King Institute of Preventive Medicine Micro-Biological Section reports 1909-11
Year: 1909
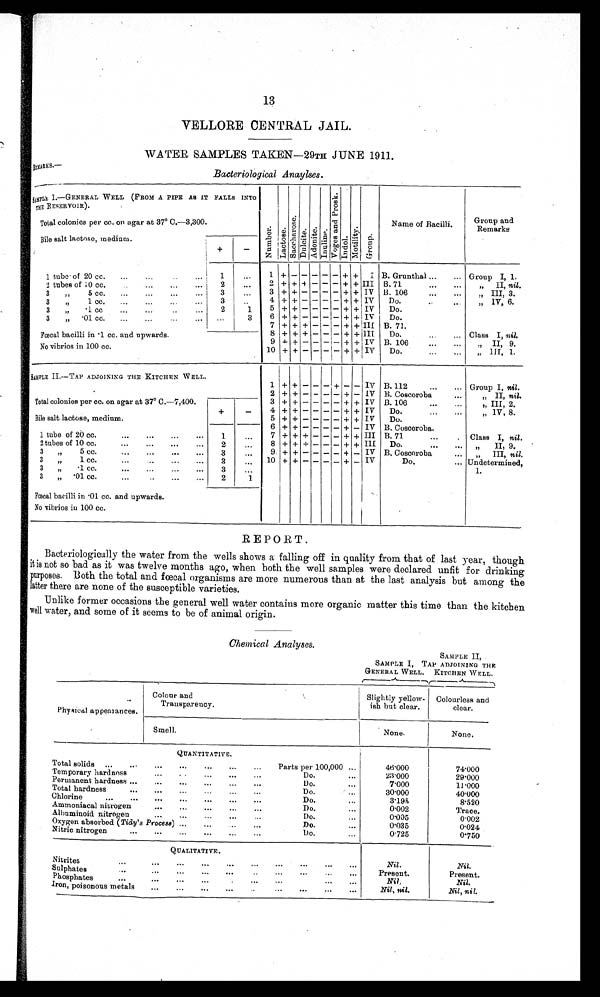
13
VELLORE CENTRAL JAIL.
WATER SAMPLES TAKEN—29TH JUNE 1911.
REMARKS—
Bacteriological Anaylses.
SAMPLE I.—GENERAL WELL (FROM A PIPE AS IT FALLS INTO
THE RESERVOIR).
NumberLactoseSacchar oseDulciteAdoniteInuline.
V o g e s a n d P r o s k .
Indol.MotilityGroup
Name of Bacilli.
Group and
Remarks
Total colonies per cc. on agar at 37° C.—3,300.
Bile salt lactose, medium.
+
−
1 tubes of 20 cc.
1
1 + − − − − − + +
I B. Grunthal
Group I, 1.
2 tubes of 10 cc.
2
2 + + + − − − + +
I I I B. 71
" II, nil.
3 " 5cc.
3
3 + + − − − − + +
I V B. 106
" III, 3.
3 " 1 cc.
3
4 + + − − − − + +
I V Do.
" IV, 6.
3 " .1cc.
2
1
5 + + − − − − + +
I V Do.
3 " .01cc.
3
6 + + − − − − + +
I V Do.
7 + + + − − − + +
I I I B.71.
Fœcal bacilli in .1cc. and upwards.
8 + + + − − − + +
I I I Do.
Class I, nil.
9 + + − −
− − + +
I V B. 106
" II, 9.
No vibrios in 100 cc.
10 + + − − −
− + +
I V Do.
" III, 1.
SAMPLE II.—TAP ADJOINING THE KITCHEN WELL.
1 + + − − − + − − IV B. 112
Group I, nil.
Total colonies per cc. on agar at 37° C.—7,400.
2 + + − − − − + − IV B. Coscoroba
" II, nil.
3 + + − − − − + + IV B. 106
" III, 2.
Bile salt lactose, medium.
+
−
4 +
− − − − +
IV
Do.
" IV, 8.
5 + + − − − − + + IV
Do.
6 + + − − − − + − IV B. Coscoroba.
1 tube of 20 cc.
1
7 + + + − − − + + III B. 71
Class I, nil.
2 tubes of 10 cc.
2
8 + + + − − − + + III Do.
" II, 9.
3 " 5 cc.
3
9. + + − − − − + − IV B. Coscoroba
III, nil.
3 " 1 cc.
3
10 + + − − − − + − IV
Do.
Undetermined,
3 " .1 cc.
3
1.
3 " .01 cc.
2
1
Fœcal bacilli in .01 cc. and upwards.
No vibrios in 100 cc.
REPORT.
Bacteriologically the water from the wells shows a falling off in quality from that of last year, though
it is not so bad as it was twelve months ago, when both the well samples were declared unfit for drinking
purposes. Both the total and fœcal organisms are more numerous than at the last analysis but among the
latter there are none of the susceptible varieties.
Unlike former occasions the general. well water contains more organic matter this time than the kitchen
well water, and some of it seems to be of animal origin.
Chemical Analyses.
SAMPLE I,
GENERAL WELL.
SAMPLE II,
TAP ADJOINING THE
KITCHEN WELL.
Physical appearances.
Colour and
Transparency.
Slightly yellow-
ish but clear.
Colourless and
clear.
Smell.
None.
None.
QUANTITATIVE.
Total solids
Parts per 100,000
46.000
74.000
Temporary hardnes
Do.
23.000
29.000
Permanent hardness
Do.
7.000
11.000
Total hardness
Do.
30.000
40.000
Chlorine
Do.
3.195
8.520
Ammoniacal nitrogen
Do.
0.002
Trace.
Albuminoid nitrogen
Do.
0.005
0.002
Oxygen absorbed ( Tidy's Process)
Do.
0.035
0.024
Nitric nitrogen
Do.
0.725
0.750
QUALITATIVE.
Nitrites
Nil.
Nil.
Sulphates
Present.
Present.
Phosphates
Nil.
Nil.
Iron, poisonous metals
Nil, nil.
Nil, nil.